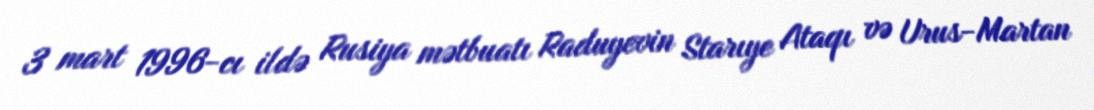
3 mart 1996-cı ildə Rusiya mətbuatı Raduyevin Starıye Ataqı və Urus-Martan